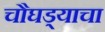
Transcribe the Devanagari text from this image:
चौघड्याचा